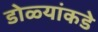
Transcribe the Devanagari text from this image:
डोळ्यांकडे